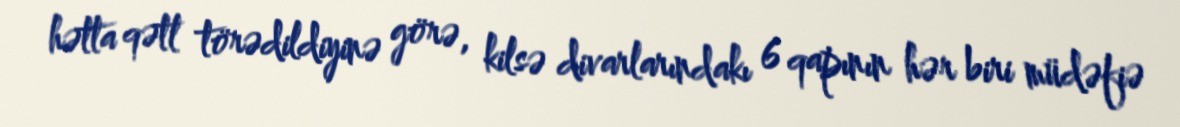
hətta qətl törədildiyinə görə, kilsə divarlarındakı 6 qapının hər biri müdəfiə